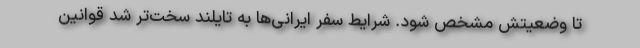
تا وضعیتش مشخص شود. شرایط سفر ایرانی‌ها به تایلند سخت‌تر شد قوانین